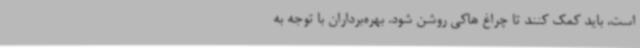
است، باید کمک کنند تا چراغ هاکی روشن شود. بهره‌برداران با توجه به